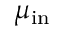
\mu _ { \mathrm { i n } }